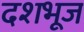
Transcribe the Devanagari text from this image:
दशभूज